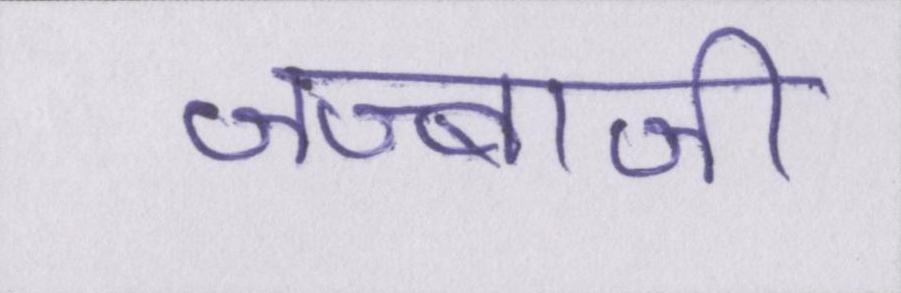
जज्बाजी